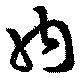
内